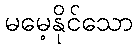
မမေ့နိုင်သော